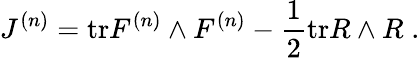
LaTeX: J^{(n)}=\mathrm{tr}F^{(n)}\wedge F^{(n)}-\frac{1}{2}\mathrm{tr}R\wedge R\; .